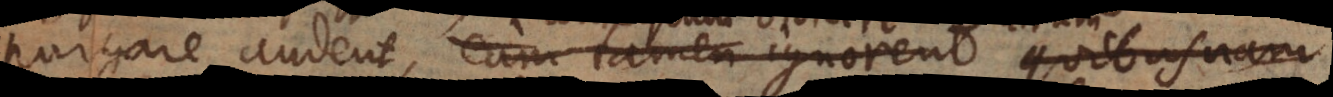
purgare audent, cum tamen ignorent quibusdam